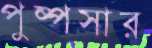
পুষ্পসার